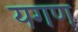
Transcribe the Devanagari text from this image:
यगण